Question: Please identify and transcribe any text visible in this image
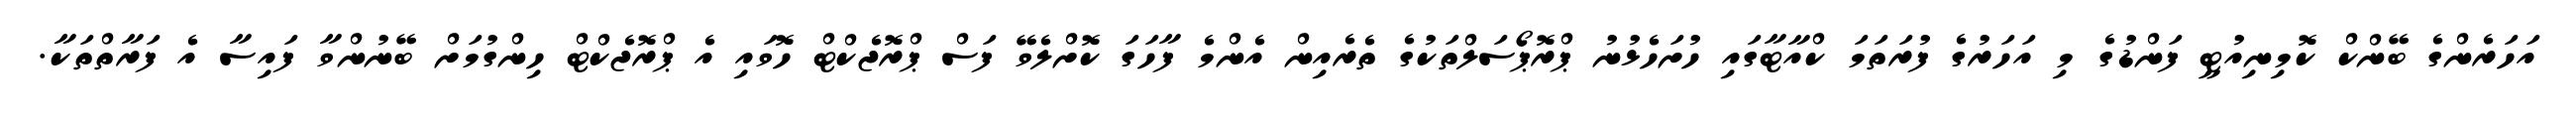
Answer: އަހަރެންގެ ބޭންކް ކޮމިނިއުޓީ ފަންޑުގެ މި އަހަރުގެ ފުރަތަމަ ކްއާޓާގައި ހުށަހެޅުނު ޕްރޮޕޯސަލްތަކުގެ ތެރެއިން އެންމެ ފާހަގަ ކޮށްލެވޭ ފަސް ޕްރޮޖެކްޓް ހޮވައި އެ ޕްރޮޖެކްޓް ހިންގުމަށް ބޭނުންވާ ފައިސާ އެ ފަރާތްތަކާ.